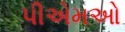
પીએમઓ